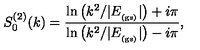
S _ { 0 } ^ { ( 2 ) } ( k ) = \frac { \ln \left( k ^ { 2 } / | E _ { _ \mathrm { ( g s ) } } | \right) + i \pi } { \ln \left( k ^ { 2 } / | E _ { _ \mathrm { ( g s ) } } | \right) - i \pi } ,